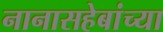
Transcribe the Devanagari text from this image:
नानासहेबांच्या